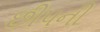
છીપની